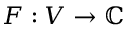
F : V \to \mathbb { C }